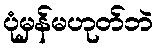
ပုံမှန်မဟုတ်ဘဲ